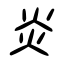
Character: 炎